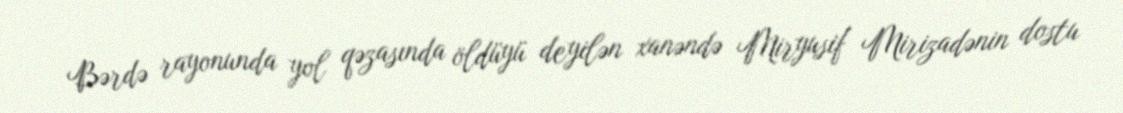
Bərdə rayonunda yol qəzasında öldüyü deyilən xanəndə Miryusif Mirizadənin dostu